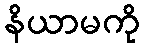
နိယာမကို